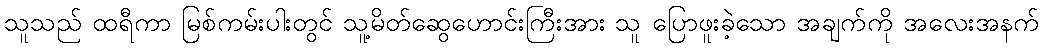
သူသည် ထရီကာ မြစ်ကမ်းပါးတွင် သူ့မိတ်ဆွေဟောင်းကြီးအား သူ ပြောဖူးခဲ့သော အချက်ကို အလေးအနက်